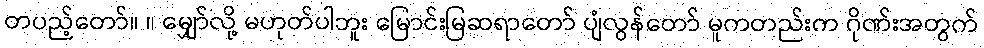
တပည့်တော်။ ။ မျှော်လို့ မဟုတ်ပါဘူး မြောင်းမြဆရာတော် ပျံလွန်တော် မူကတည်းက ဂိုဏ်းအတွက်